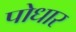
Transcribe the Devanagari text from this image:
पोधार